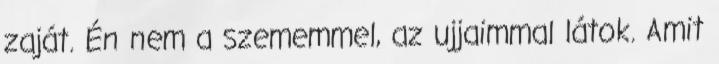
zaját. Én nem a szememmel, az ujjaimmal látok. Amit